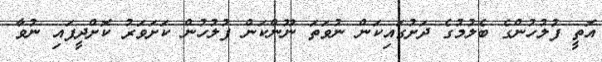
އޮތީ ފުލުހުންގެ ބެލުމުގެ ދަށުގައިކަން ނުވަތަ ނޫންކަން ފުލުހުން ކަށަވަރު ކޮށްދީފައި ނުވާ